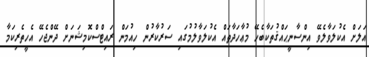
އަލަށް އެކުލަވާލެވޭ އިންސާނީޙައްޤުތަކާބެހޭ މުޢާހަދާތައް އެކުލަވާލުމުގައި ސަރުކާރުން ހިއުމަން ރައިޓްސްކޮމިޝަނަށް ދޭންޖެހޭ އެހީތެރިކަމާ